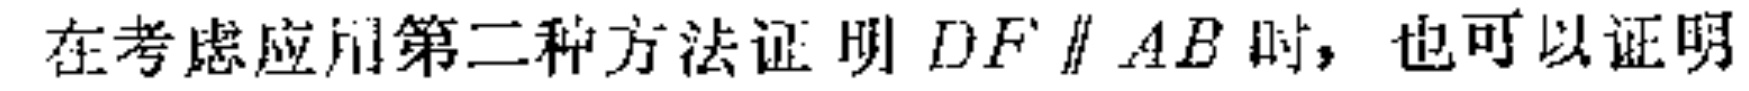
在考虑应用第二种方法证明 \(DF\parallel AB\) 时，也可以证明